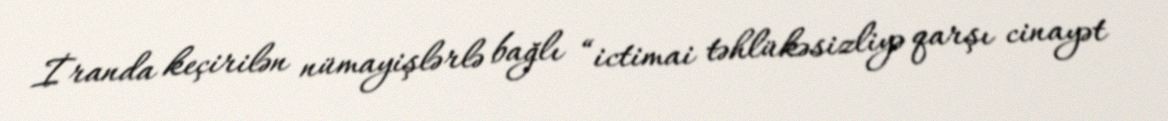
İranda keçirilən nümayişlərlə bağlı “ictimai təhlükəsizliyə qarşı cinayət